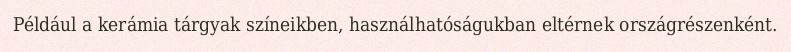
Például a kerámia tárgyak színeikben, használhatóságukban eltérnek országrészenként.